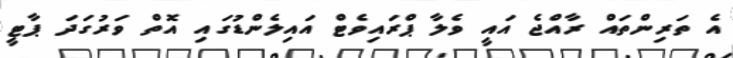
އެ ތަރިންތައް ރާއްޖެ އައީ ވެލާ ޕްރައިވެޓް އައިލެންޑުގައި އޮތް ވަރުގަދަ ޕާޓީ